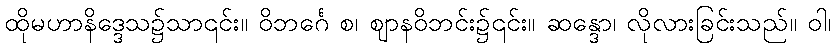
ထိုမဟာနိဒ္ဒေသ၌သာ၎င်း။ ဝိဘင်္ဂေ စ၊ ဈာနဝိဘင်း၌၎င်း။ ဆန္ဒော၊ လိုလားခြင်းသည်။ ဝါ၊